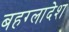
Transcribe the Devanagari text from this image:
बहग्लादेश